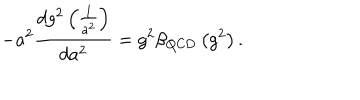
- a ^ { 2 } \frac { d g ^ { 2 } \left( \frac { 1 } { a ^ { 2 } } \right) } { d a ^ { 2 } } = g ^ { 2 } \beta _ { \mathrm { Q C D } } \left( g ^ { 2 } \right) .